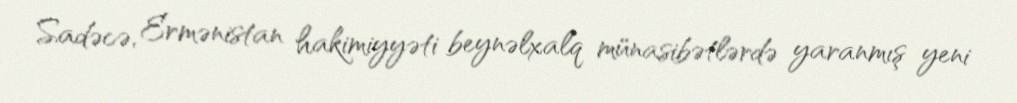
Sadəcə, Ermənistan hakimiyyəti beynəlxalq münasibətlərdə yaranmış yeni